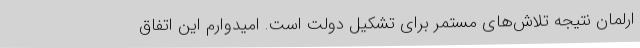
ارلمان نتیجه تلاش‌های مستمر برای تشکیل دولت است. امیدوارم این اتفاق